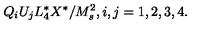
Q _ { i } U _ { j } L _ { 4 } ^ { * } X ^ { * } / M _ { s } ^ { 2 } , i , j = 1 , 2 , 3 , 4 .